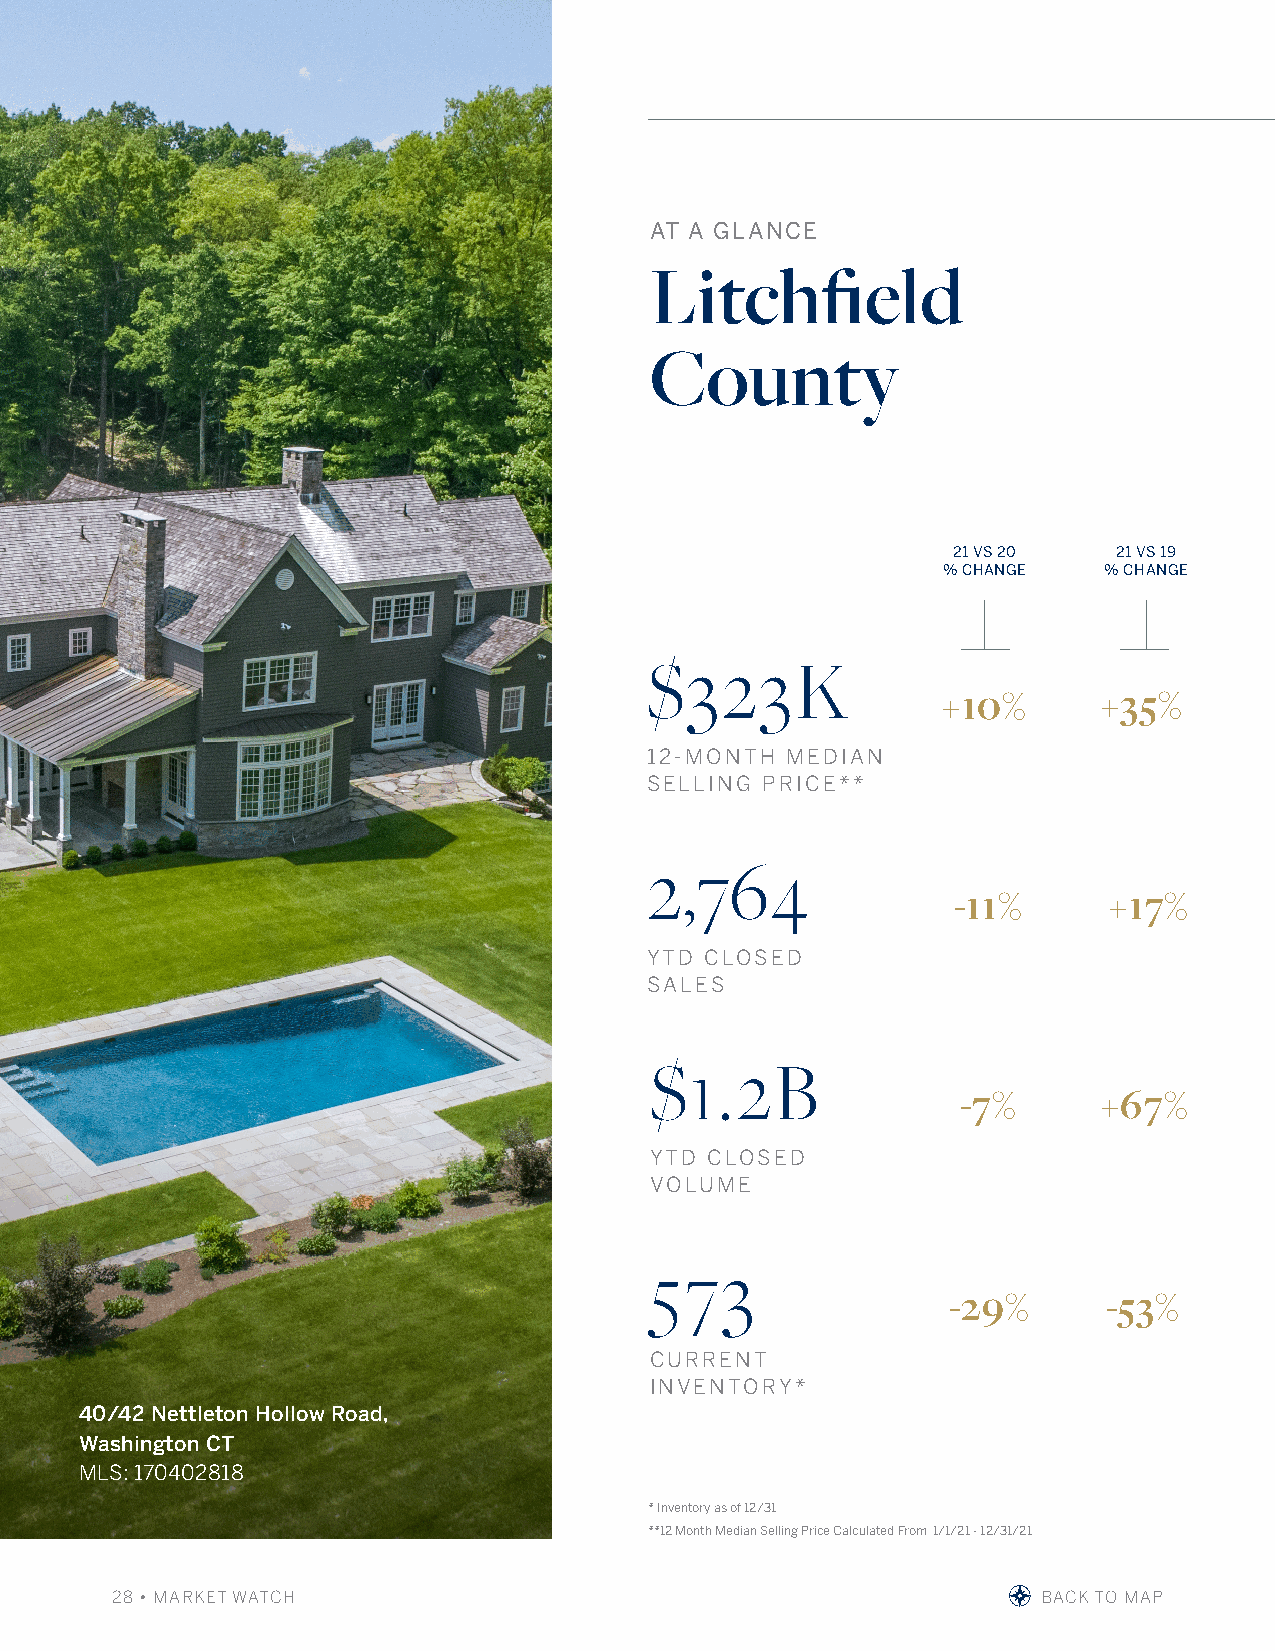
AT A GLANCE
 Litchfield
 County
 21 VS 20   21 VS 19
 % CHANGE   % CHANGE
 $323K
 +10%       +35%
 12-MONTH MEDIAN
 SELLING PRICE**
 2,764
 -11%      +17%
 YTD CLOSED
 SALES
 $1.2B
 -7%      +67%
 YTD CLOSED
 VOLUME
 573
 -29%      -53%
 CURRENT
 INVENTORY*
 40/42 Nettleton Hollow Road,
 Washington CT
 MLS: 170402818
 * Inventory as of 12/31
 **12 Month Median Selling Price Calculated From 1/1/21 - 12/31/21
 28 • MARKET WATCH                                             BACK TO MAP                   BBRROOWWSSEE MMLLSS LLIISSTTIINNGGSS AANNDD LLEEAARRNN MMOORREE AABBOOUUTT TTHHEE MMAARRKKEETT AATT wwiilllliiaammppiitttt..ccoomm AANNDD jjuulliiaabbffeeee..ccoomm